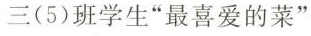
三(5)班学生”最喜爱的菜”